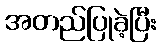
အတည်ပြုခဲ့ပြီး